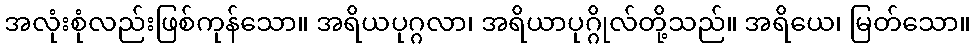
အလုံးစုံလည်းဖြစ်ကုန်သော။ အရိယပုဂ္ဂလာ၊ အရိယာပုဂ္ဂိုလ်တို့သည်။ အရိယေ၊ မြတ်သော။